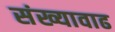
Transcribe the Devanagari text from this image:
संख्यावाढ